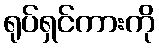
ရုပ်ရှင်ကားကို